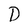
Character: D